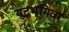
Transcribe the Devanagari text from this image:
युद्धभूमिवर